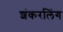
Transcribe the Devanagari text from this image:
शंकरलिंग